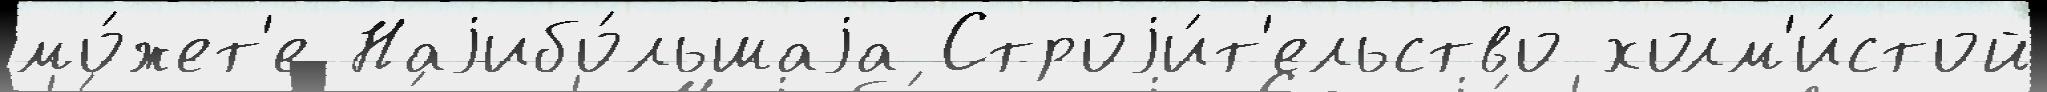
мо́жет'е Наjибо́льшаjа Строjи́т'ельство холм'и́стой